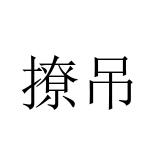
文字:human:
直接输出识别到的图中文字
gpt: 撩吊